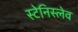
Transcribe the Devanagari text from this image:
स्टेनिस्लेव